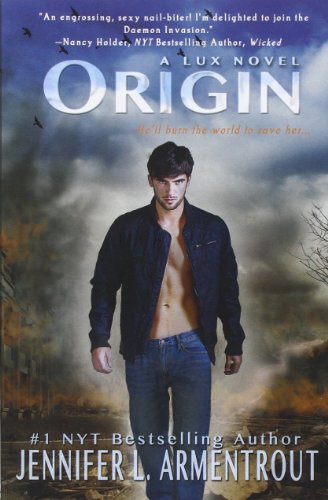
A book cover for Origin (A Lux Novel); Jennifer L. Armentrout; Teen & Young Adult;